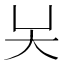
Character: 𡗖